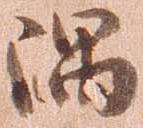
隅